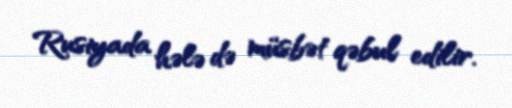
Rusiyada hələ də müsbət qəbul edilir.